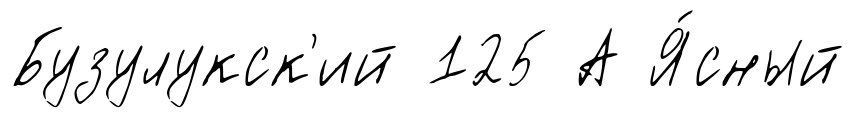
Бузулукск'ий 125 А Я́сный